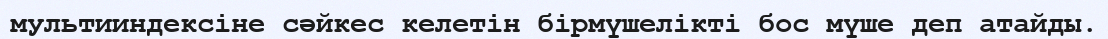
мультииндексіне сәйкес келетін бірмүшелікті бос мүше деп атайды.